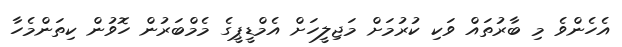
އެހެންވެ މި ބާރުތައް ވަކި ކުރުމަށް މަޖިލީހަށް އެމްޑީޕީގެ މެމްބަރުން ހޮވުން ކިތަންމެހާ